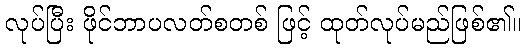
လုပ်ပြီး ဖိုင်ဘာပလတ်စတစ် ဖြင့် ထုတ်လုပ်မည်ဖြစ်၏။